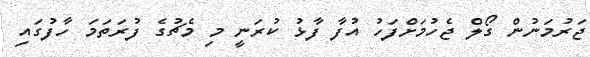
ޖަރުމަނުން ގޯލް ޖެހުމަށްފަހު އުފާ ފާޅު ކުރަނީ މި މެޗުގެ ފުރަތަމަ ހާފުގައި